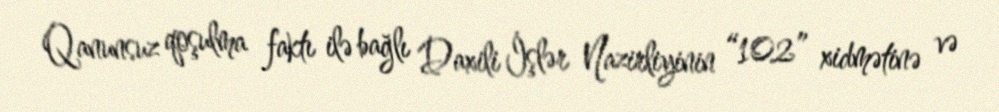
Qanunsuz qoşulma faktı ilə bağlı Daxili İşlər Nazirliyinin “102” xidmətinə və